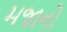
મજાનો